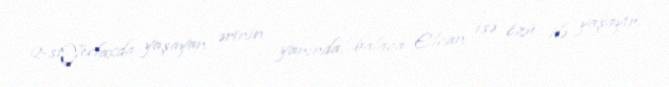
2-siYevlaxda yaşayan ərinin yanında, balaca Elcan isə özü ilə yaşayır.